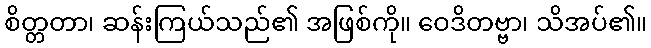
စိတ္တတာ၊ ဆန်းကြယ်သည်၏ အဖြစ်ကို။ ဝေဒိတဗ္ဗာ၊ သိအပ်၏။